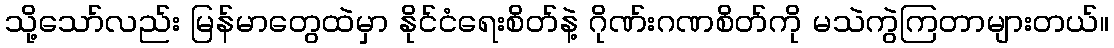
သို့သော်လည်း မြန်မာတွေထဲမှာ နိုင်ငံရေးစိတ်နဲ့ ဂိုဏ်းဂဏစိတ်ကို မသဲကွဲကြတာများတယ်။